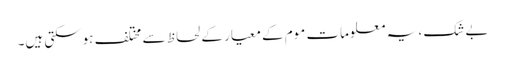
بے شک ، یہ معلومات موم کے معیار کے لحاظ سے مختلف ہوسکتی ہیں۔